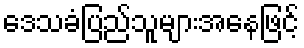
ဒေသခံပြည်သူများအနေဖြင့်